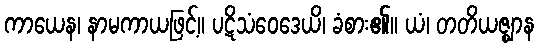
ကာယေန၊ နာမကာယဖြင့်။ ပဋိသံဝေဒေယိ၊ ခံစား၏။ ယံ၊ တတိယဇ္ဈာန